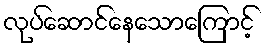
လုပ်ဆောင်နေသောကြောင့်